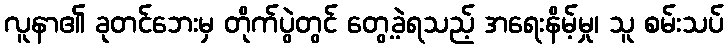
လူနာ၏ ခုတင်ဘေးမှ တိုက်ပွဲတွင် တွေ့ခဲ့ရသည့် အရေးနိမ့်မှု၊ သူ စမ်းသပ်